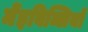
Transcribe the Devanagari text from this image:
मेंइबिब्लियो